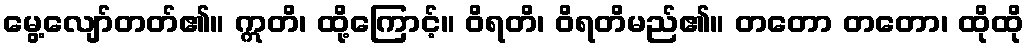
မွေ့လျော်တတ်၏။ ဣတိ၊ ထို့ကြောင့်။ ဝိရတိ၊ ဝိရတိမည်၏။ တတော တတော၊ ထိုထို